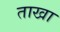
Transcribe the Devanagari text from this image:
ताखा